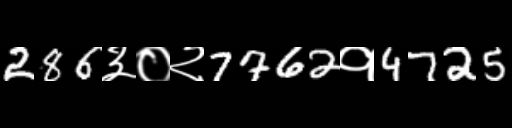
Text: 286३०२7762१4725